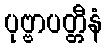
ပုဗ္ဗာပတ္တီနံ